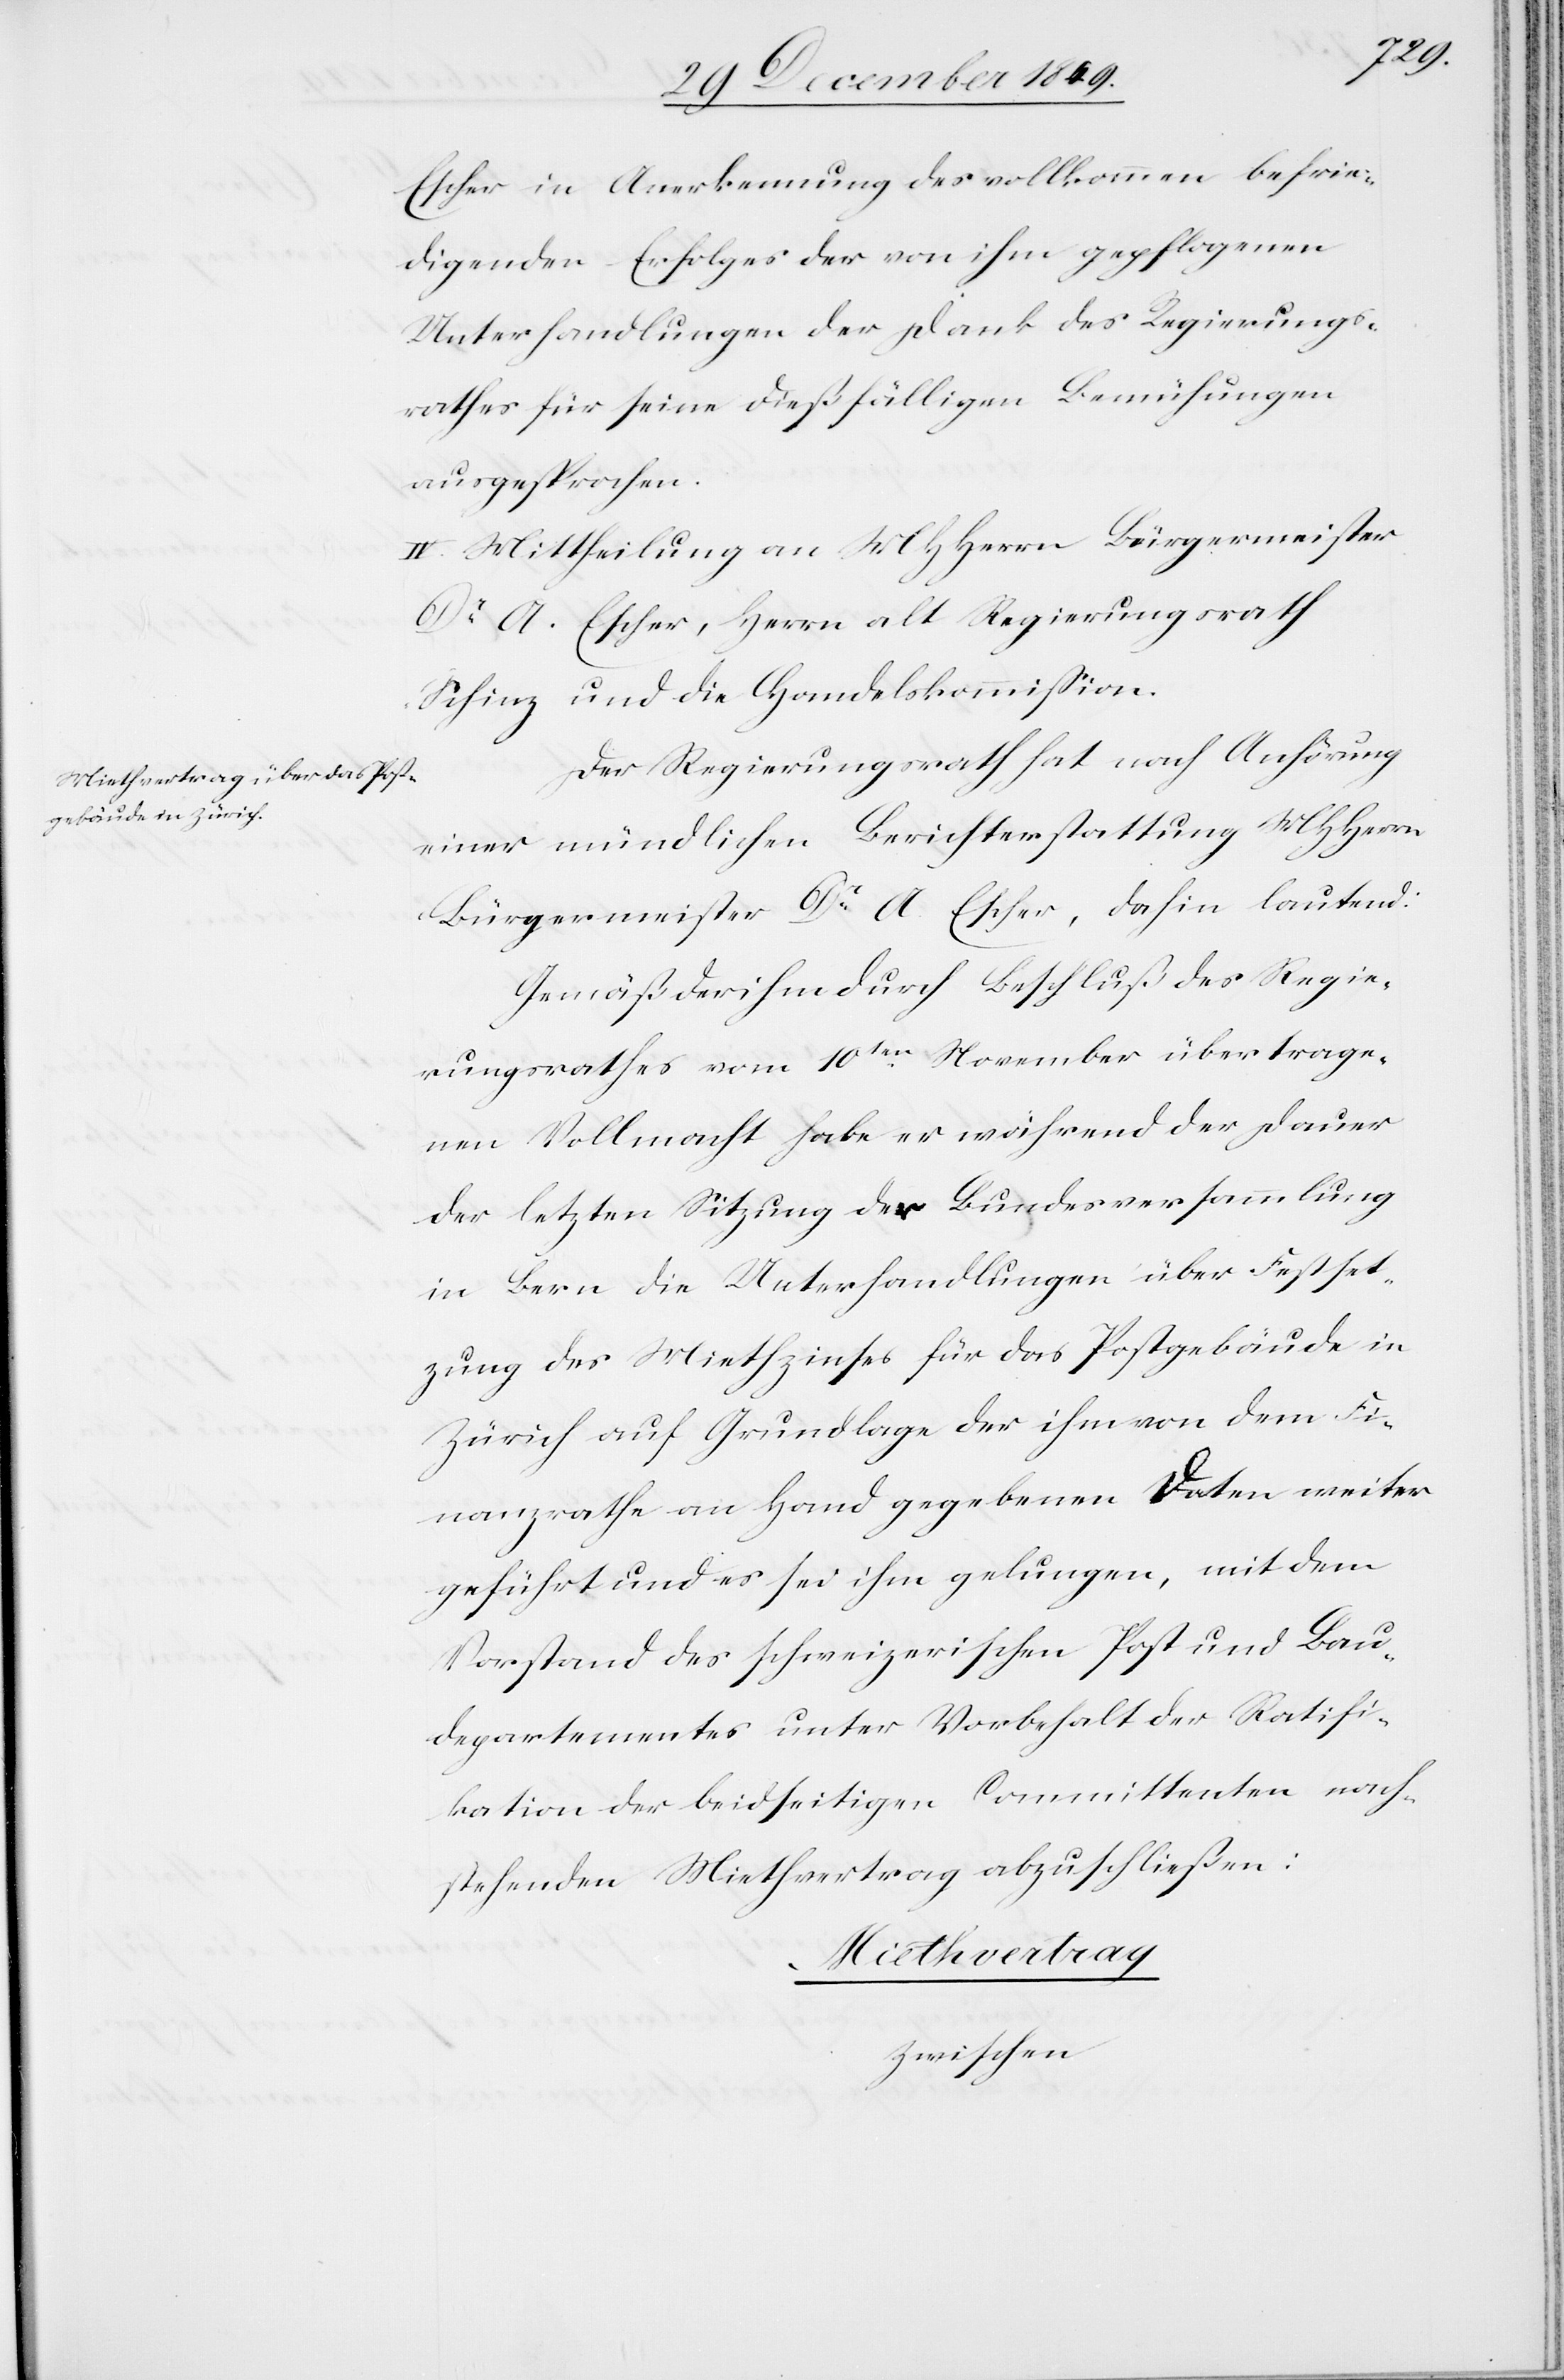
Escher in Anerkennung des vollkommen befrie¬
digenden Erfolges der von ihm gepflogenen
Unterhandlungen der Dank des Regierungs¬
rathes für seine dießfälligen Bemühungen
ausgesprochen.
IV. Mittheilung an MHHerrn Bürgermeister
Dr A. Escher, Herrn alt Regierungsrath
Schinz und die Handelskommißion.
Der Regierungsrath hat nach Anhörung
einer mündlichen Berichterstattung MHHerrn
Bürgermeister Dr A. Escher, dahin lautend:
Gemäß der ihm durch Beschluß des Regie¬
rungsrathes vom 10ten November übertrage¬
nen Vollmacht habe er während der Dauer
der letzten Sitzung der Bundesversammlung
in Bern die Unterhandlungen über Festset¬
zung des Miethzinses für das Postgebäude in
Zürich auf Grundlage der ihm von dem Fi¬
nanzrathe an Hand gegebenen Daten weiter
geführt und es sei ihm gelungen, mit dem
Vorstand des schweizerischen Post und Bau¬
departementes unter Vorbehalt der Ratifi¬
kation der beidseitigen Committenten nach¬
stehenden Miethvertrag abzuhalten:
Miethvertrag
zwischen